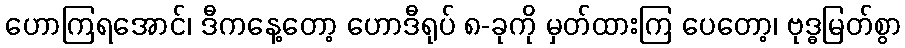
ဟောကြရအောင်၊ ဒီကနေ့တော့ ဟောဒီရုပ် ၈-ခုကို မှတ်ထားကြ ပေတော့၊ ဗုဒ္ဓမြတ်စွာ